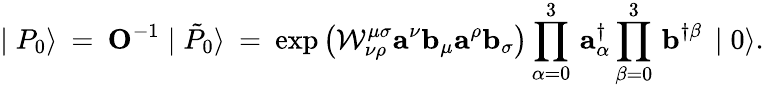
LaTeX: \mid{P}_{0}\rangle\: =\: {\mathbf O^{-1}}\mid\tilde{P}_{0}\rangle\: =\: \exp\left({\cal W}_{\nu\rho}^{\mu\sigma}{\mathbf a}^{\nu}{\mathbf b}_{\mu}{\mathbf a}^{\rho}{\mathbf b}_{\sigma}\right)\prod_{\alpha=0}^{3}\, {\mathbf a}_{\alpha}^{\dagger}\prod_{\beta=0}^{3}\, {\mathbf b}^{\dagger\beta}\, \mid 0\rangle.